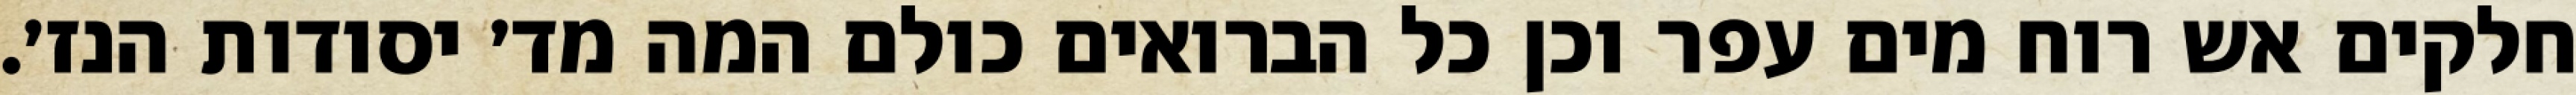
חלקים אש רוח מים עפר וכן כל הברואים כולם המה מד׳ יסודות הנז׳.